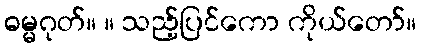
ဓမ္မဂုတ်။ ။ သည့်ပြင်ကော ကိုယ်တော်။